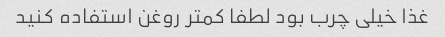
غذا خیلی چرب بود لطفا کمتر روغن استفاده کنید